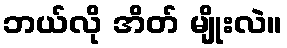
ဘယ်လို အိတ် မျိုးလဲ။